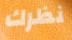
نظرك